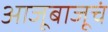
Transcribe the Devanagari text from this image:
आजूबाजूचं